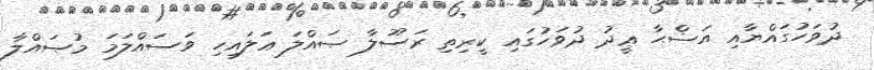
ދުވަހުގައްޔާއި އަޟްޙާ ޢީދު ދުވަހުގައި ކީރިތި ރަސޫލާ ޞައްލަ ޢަލައިހި ވަސައްލަމަ މުޞައްލާ